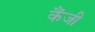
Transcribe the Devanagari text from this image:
कैंजी